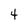
Character: 4